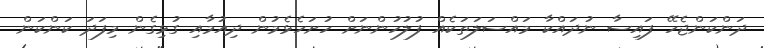
ދަންކަންޖެހޭ ފައިސާ ނުދައްކާ މައްސަލަތަކެއް ފުލުހުންނަށް ހުށަހެޅެމުން ދިއުމާއި ގުޅިގެން މިފަދަ ކަންކަން